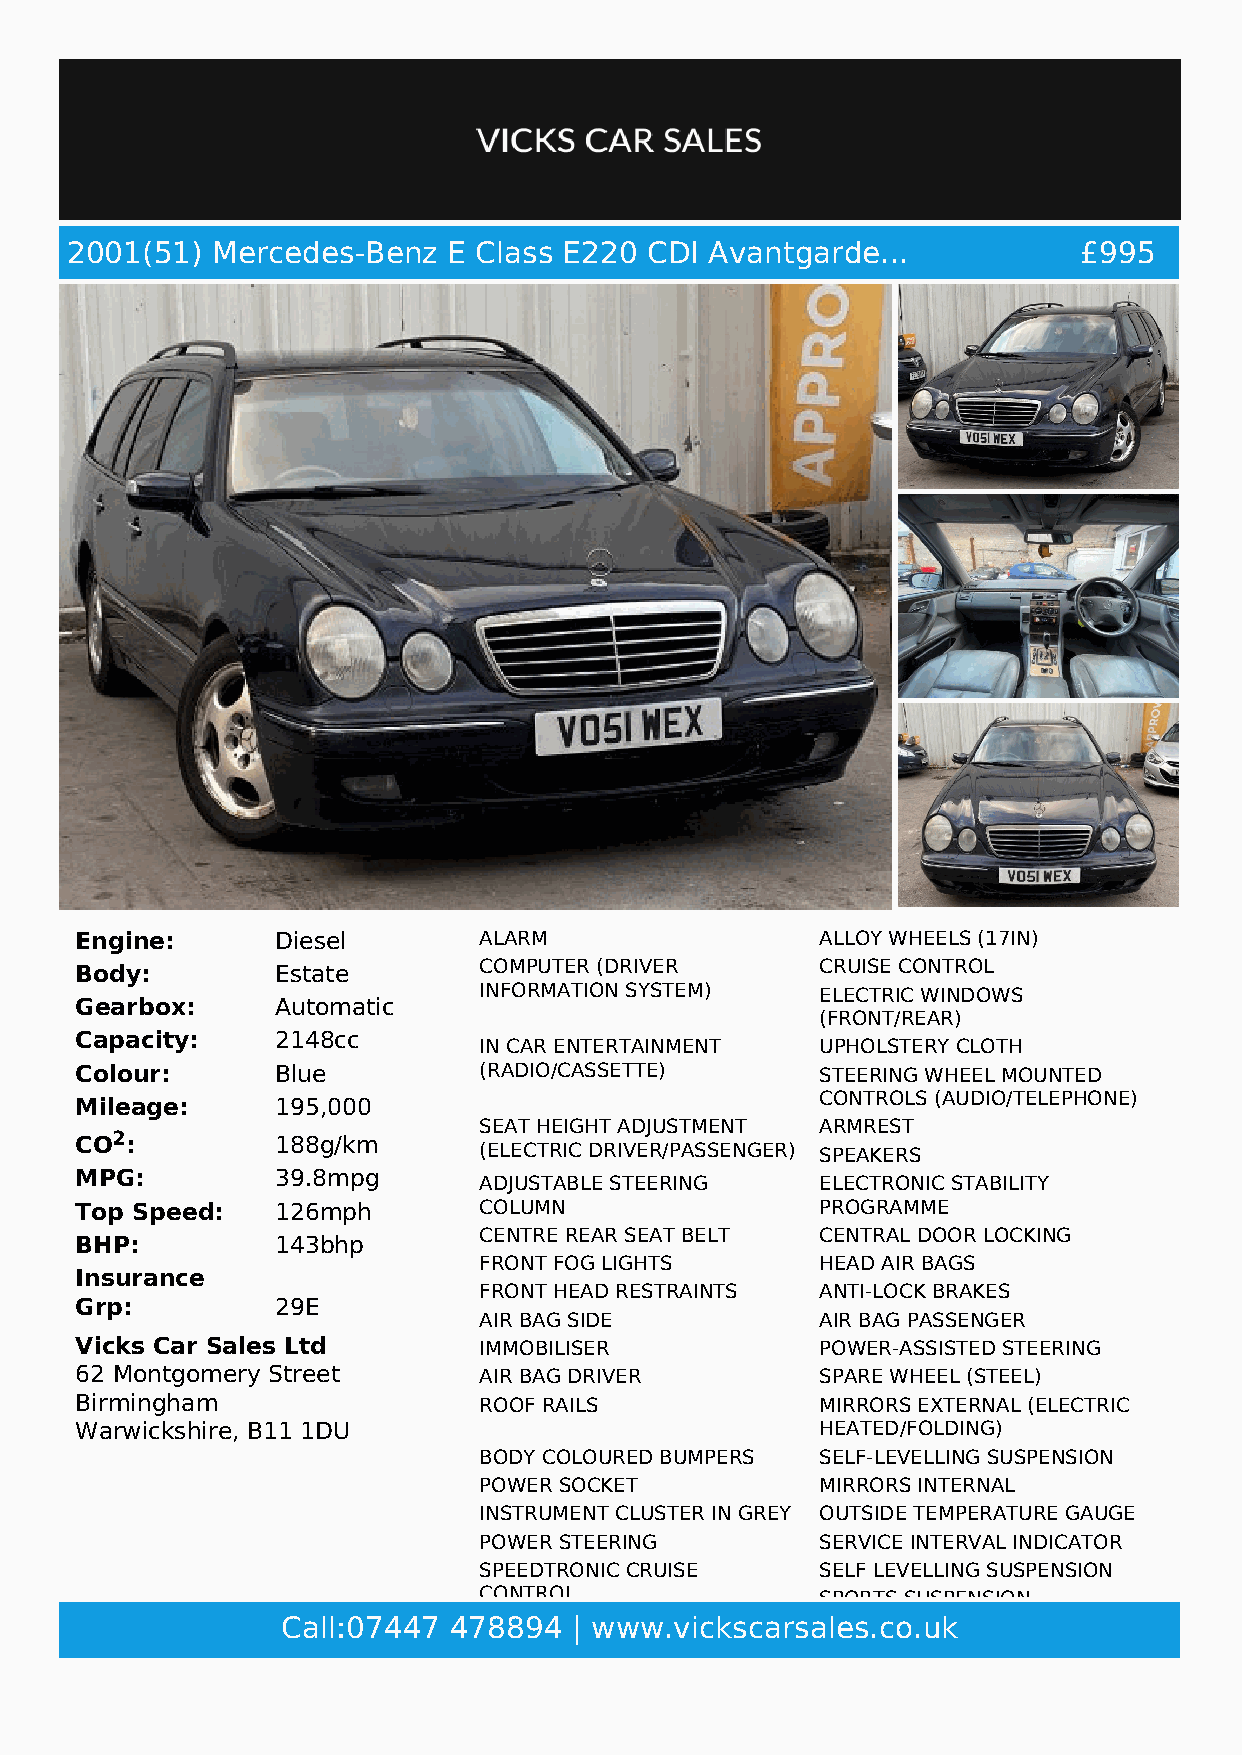
2001(51)  Mercedes-Benz   E Class E220 CDI Avantgarde...            £995
 Engine:      Diesel        ALARM                 ALLOY WHEELS (17IN)
 Body:        Estate        COMPUTER (DRIVER      CRUISE CONTROL
 INFORMATION SYSTEM)   ELECTRIC WINDOWS
 Gearbox:     Automatic
 (FRONT/REAR)
 Capacity:    2148cc
 IN CAR ENTERTAINMENT  UPHOLSTERY CLOTH
 Colour:      Blue          (RADIO/CASSETTE)      STEERING WHEEL MOUNTED
 CONTROLS (AUDIO/TELEPHONE)
 Mileage:     195,000
 SEAT HEIGHT ADJUSTMENT ARMREST
 CO2:         188g/km
 (ELECTRIC DRIVER/PASSENGER) SPEAKERS
 MPG:         39.8mpg
 ADJUSTABLE STEERING   ELECTRONIC STABILITY
 Top Speed:   126mph        COLUMN                PROGRAMME
 CENTRE REAR SEAT BELT CENTRAL DOOR LOCKING
 BHP:         143bhp
 FRONT FOG LIGHTS      HEAD AIR BAGS
 Insurance
 FRONT HEAD RESTRAINTS ANTI-LOCK BRAKES
 Grp:         29E
 AIR BAG SIDE          AIR BAG PASSENGER
 Vicks Car Sales Ltd        IMMOBILISER           POWER-ASSISTED STEERING
 62 Montgomery Street       AIR BAG DRIVER        SPARE WHEEL (STEEL)
 Birmingham                 ROOF RAILS            MIRRORS EXTERNAL (ELECTRIC
 Warwickshire, B11 1DU                            HEATED/FOLDING)
 BODY COLOURED BUMPERS SELF-LEVELLING SUSPENSION
 POWER SOCKET          MIRRORS INTERNAL
 INSTRUMENT CLUSTER IN GREY OUTSIDE TEMPERATURE GAUGE
 POWER STEERING        SERVICE INTERVAL INDICATOR
 SPEEDTRONIC CRUISE    SELF LEVELLING SUSPENSION
 CONTROL               SPORTS SUSPENSION
 Call:07447 4768 S8PE9A4KE |R Swww.vickscarsaMleERsC.EcDoE.Su AkUDIO 10
 RADIO+CASSETTE/STORAGE